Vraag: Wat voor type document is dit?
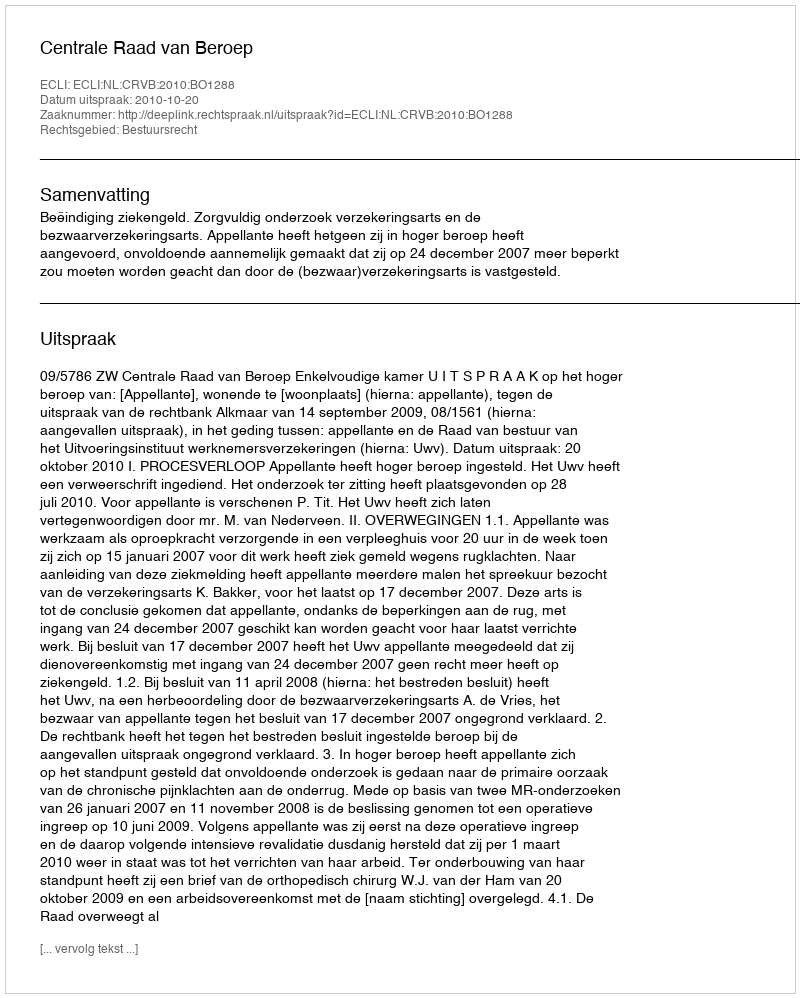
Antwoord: Uitspraak